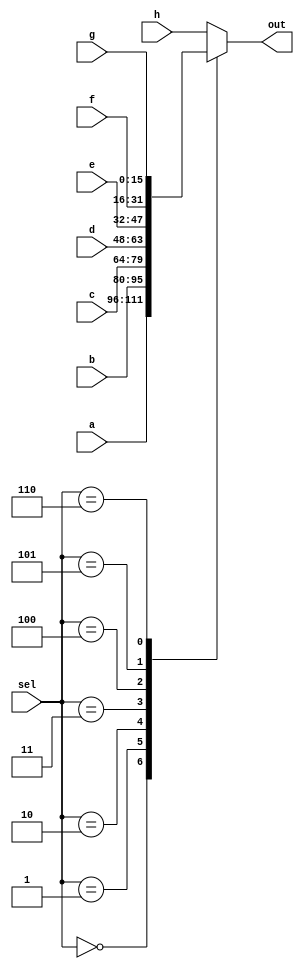
// This program was cloned from: https://github.com/Manistein/let-us-build-a-computer-system
// License: MIT License

`ifndef _h_mux8way16_
`define _h_mux8way16_

`timescale 1ns / 1ps
//////////////////////////////////////////////////////////////////////////////////
// Company: 
// Engineer: 
// 
// Design Name: 
// Module Name:    hMux8Way16 
// Project Name: 
// Target Devices: 
// Tool versions: 
// Description: 
//
// Dependencies: 
//
// Revision: 
// Revision 0.01 - File Created
// Additional Comments: 
//
//////////////////////////////////////////////////////////////////////////////////
module hMux8Way16(
    input [15:0] a,
    input [15:0] b,
    input [15:0] c,
    input [15:0] d,
    input [15:0] e,
    input [15:0] f,
    input [15:0] g,
    input [15:0] h,
    input [2:0] sel,
    output [15:0] out
    );

	reg [15:0] mux_out;
	
	always @* begin
		case (sel)
			3'b000: mux_out = a;
			3'b001: mux_out = b;
			3'b010: mux_out = c;
			3'b011: mux_out = d;
			3'b100: mux_out = e;
			3'b101: mux_out = f;
			3'b110: mux_out = g;
			default: mux_out = h;
		endcase
	end

	assign out = mux_out;
	
endmodule

`endif